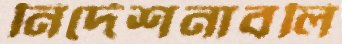
নির্দেশনাবলি